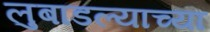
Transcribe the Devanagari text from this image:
लुबाडल्याच्या